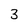
Character: 3